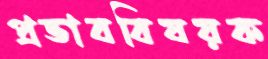
প্রভাববিষয়ক